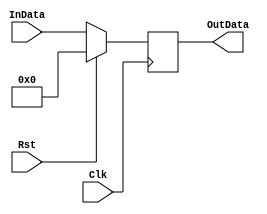
module register_16bit(Rst, Clk, InData, OutData);
input Rst, Clk;
input[15:0] InData;
output[15:0] OutData;

reg[15:0] Data;
assign OutData=Data;

always @(posedge Clk)
begin
  if(Rst)
    Data <= 0;
  else
    Data<=InData;
end


endmodule